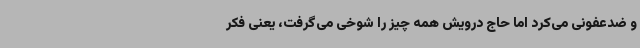
و ضدعفونی می‌کرد اما حاج درویش همه چیز را شوخی می‌گرفت، یعنی فکر